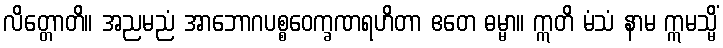
လိတ္တောတိ။ အညမညံ အာဘောဂပစ္စဝေက္ခဏရဟိတာ ဧတေ ဓမ္မာ။ ဣတိ မံသံ နာမ ဣမသ္မိံ